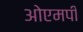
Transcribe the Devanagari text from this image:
ओएमपी